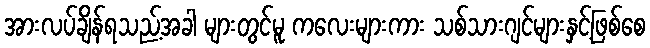
အားလပ်ချိန်ရသည့်အခါ များတွင်မူ ကလေးများကား သစ်သားဂျင်များနှင့်ဖြစ်စေ